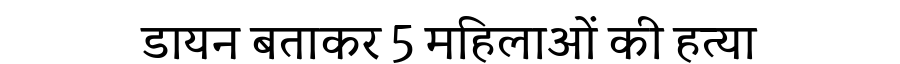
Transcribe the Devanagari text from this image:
डायन बताकर 5 महिलाओं की हत्या